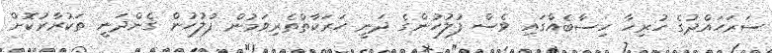
ސަރަހައްދުގެ ހުރިހާ ހިސާބެއްގައި ވެސް ފުލުހުންގެ ދަނީ ހަރަކާތްތެރިވަމުން ފުލުހުން ގެންދަނީ ތަކުރާރުކޮށް